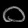
Digit: ၀